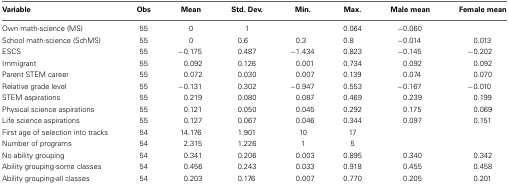
| Variable | Obs | Mean | Std. Dev. | Min. | Max. | Male mean | Female mean |
 | --- | --- | --- | --- | --- | --- | --- | --- |
 | Own math-science (MS) | 55 | 0 | 1 |  | 0.064 | −0.060 |  |
 | School math-science (SchMS) | 55 | 0 | 0.6 | 0.3 | 0.8 | −0.014 | 0.013 |
 | ESCS | 55 | −0.175 | 0.487 | −1.434 | 0.823 | −0.145 | −0.202 |
 | Immigrant | 55 | 0.092 | 0.126 | 0.001 | 0.734 | 0.092 | 0.092 |
 | Parent STEM career | 55 | 0.072 | 0.030 | 0.007 | 0.139 | 0.074 | 0.070 |
 | Relative grade level | 55 | −0.131 | 0.302 | −0.947 | 0.553 | −0.167 | −0.010 |
 | STEM aspirations | 55 | 0.219 | 0.080 | 0.087 | 0.469 | 0.239 | 0.199 |
 | Physical science aspirations | 55 | 0.121 | 0.050 | 0.045 | 0.292 | 0.175 | 0.069 |
 | Life science aspirations | 55 | 0.127 | 0.067 | 0.046 | 0.344 | 0.097 | 0.151 |
 | First age of selection into tracks | 54 | 14.176 | 1.901 | 10 | 17 |  |  |
 | Number of programs | 54 | 2.315 | 1.226 | 1 | 5 |  |  |
 | No ability grouping | 54 | 0.341 | 0.206 | 0.003 | 0.895 | 0.340 | 0.342 |
 | Ability grouping-some classes | 54 | 0.456 | 0.243 | 0.033 | 0.918 | 0.455 | 0.458 |
 | Ability grouping-all classes | 54 | 0.203 | 0.176 | 0.007 | 0.770 | 0.205 | 0.201 |